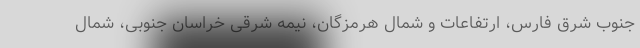
جنوب شرق فارس، ارتفاعات و شمال هرمزگان، نیمه شرقی خراسان جنوبی، شمال